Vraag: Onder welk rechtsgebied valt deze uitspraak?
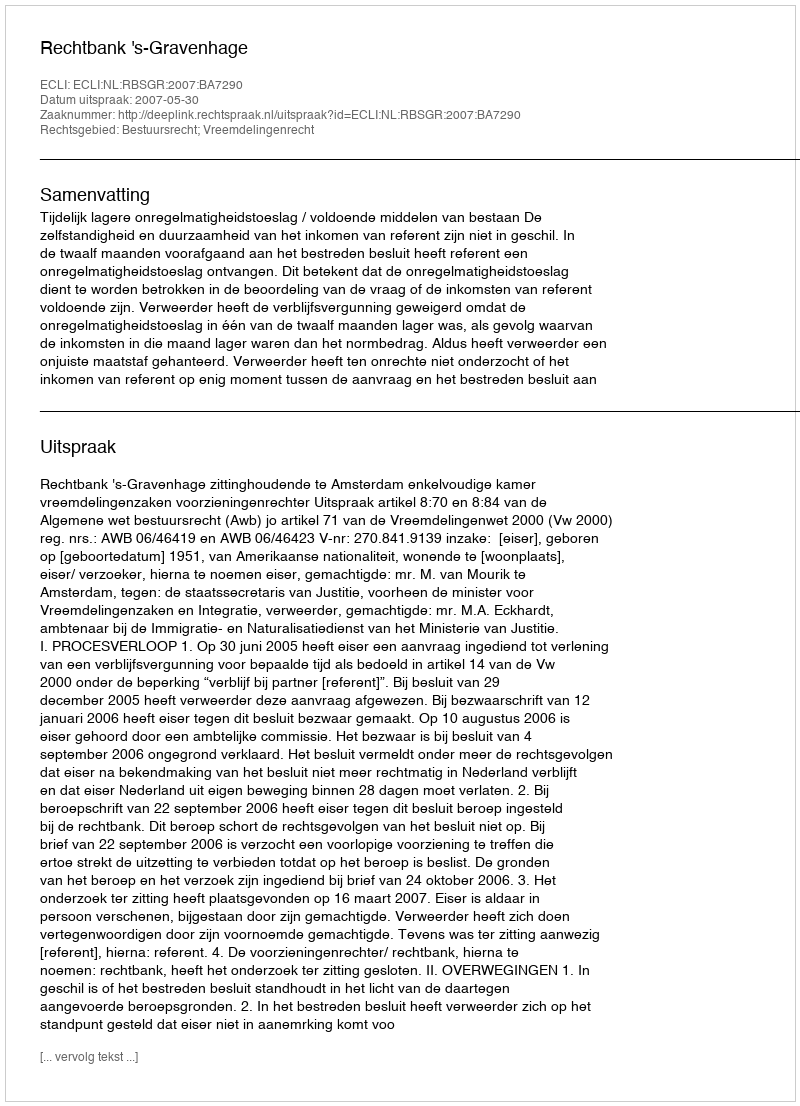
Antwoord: Bestuursrecht; Vreemdelingenrecht